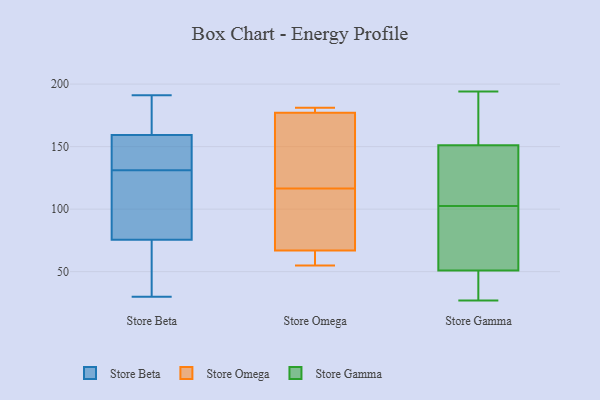
{"axis": {"x": "Production Output", "y": "Value"}, "legend": ["Store Beta", "Store Gamma", "Store Omega"], "data": [{"x": "", "y": 131, "type": "Store Beta"}, {"x": "", "y": 59, "type": "Store Beta"}, {"x": "", "y": 30, "type": "Store Beta"}, {"x": "", "y": 183, "type": "Store Beta"}, {"x": "", "y": 81, "type": "Store Beta"}, {"x": "", "y": 57, "type": "Store Beta"}, {"x": "", "y": 191, "type": "Store Beta"}, {"x": "", "y": 92, "type": "Store Beta"}, {"x": "", "y": 172, "type": "Store Beta"}, {"x": "", "y": 155, "type": "Store Beta"}, {"x": "", "y": 103, "type": "Store Beta"}, {"x": "", "y": 151, "type": "Store Beta"}, {"x": "", "y": 135, "type": "Store Beta"}, {"x": "", "y": 139, "type": "Store Beta"}, {"x": "", "y": 33, "type": "Store Beta"}, {"x": "", "y": 190, "type": "Store Beta"}, {"x": "", "y": 88, "type": "Store Beta"}, {"x": "", "y": 177, "type": "Store Omega"}, {"x": "", "y": 82, "type": "Store Omega"}, {"x": "", "y": 125, "type": "Store Omega"}, {"x": "", "y": 56, "type": "Store Omega"}, {"x": "", "y": 179, "type": "Store Omega"}, {"x": "", "y": 67, "type": "Store Omega"}, {"x": "", "y": 108, "type": "Store Omega"}, {"x": "", "y": 138, "type": "Store Omega"}, {"x": "", "y": 55, "type": "Store Omega"}, {"x": "", "y": 181, "type": "Store Omega"}, {"x": "", "y": 146, "type": "Store Gamma"}, {"x": "", "y": 156, "type": "Store Gamma"}, {"x": "", "y": 194, "type": "Store Gamma"}, {"x": "", "y": 36, "type": "Store Gamma"}, {"x": "", "y": 99, "type": "Store Gamma"}, {"x": "", "y": 37, "type": "Store Gamma"}, {"x": "", "y": 187, "type": "Store Gamma"}, {"x": "", "y": 27, "type": "Store Gamma"}, {"x": "", "y": 50, "type": "Store Gamma"}, {"x": "", "y": 106, "type": "Store Gamma"}, {"x": "", "y": 143, "type": "Store Gamma"}, {"x": "", "y": 60, "type": "Store Gamma"}, {"x": "", "y": 176, "type": "Store Gamma"}, {"x": "", "y": 52, "type": "Store Gamma"}, {"x": "", "y": 50, "type": "Store Gamma"}, {"x": "", "y": 159, "type": "Store Gamma"}, {"x": "", "y": 138, "type": "Store Gamma"}, {"x": "", "y": 94, "type": "Store Gamma"}, {"x": "", "y": 87, "type": "Store Gamma"}, {"x": "", "y": 121, "type": "Store Gamma"}]}